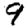
Digit: 9